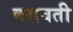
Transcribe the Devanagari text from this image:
बसवती